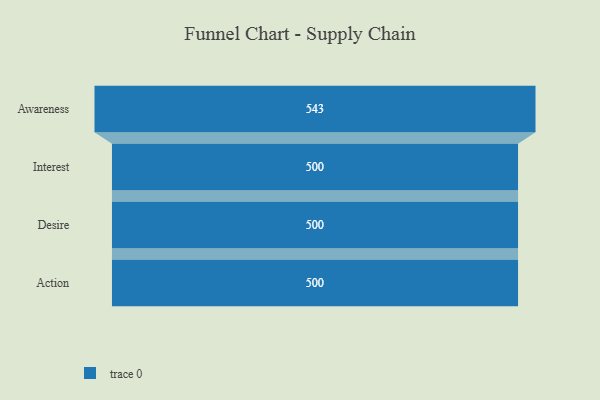
{"axis": {"x": "Stage", "y": "Value"}, "legend": [""], "data": [{"x": "Awareness", "y": 543.0, "type": ""}, {"x": "Interest", "y": 500, "type": ""}, {"x": "Desire", "y": 500, "type": ""}, {"x": "Action", "y": 500, "type": ""}]}